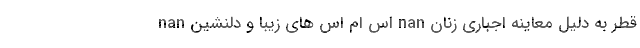
قطر به دلیل معاینه اجباری زنان nan اس ام اس های زیبا و دلنشین nan